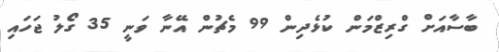
ބާސާއަށް ގްރިޒްމަން ކުޅެދިން 99 މެޗުން އޭނާ ވަނީ 35 ގޯލު ޖަހައި